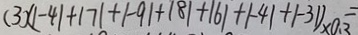
( 3 ) ( \vert - 4 \vert + \vert 7 \vert + \vert - 9 \vert + \vert 8 \vert + \vert 6 \vert + \vert - 4 \vert + \vert - 3 1 ) \times 0 . 3 =